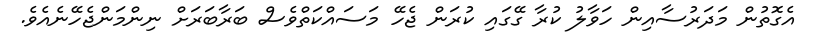
އެގޮތުން މަދަރުސާއިން ހަވާލު ކުރާ ގޭގައި ކުރަން ޖެހޭ މަސައްކަތްވެސް ބަރާބަރަށް ނިންމަންޖެހޭނެއެވެ.